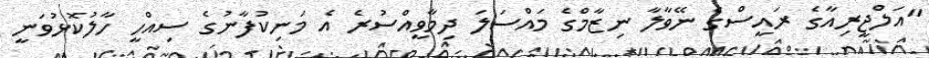
"އަލްޖީރިއާގެ ރައީސްގެ ނޭވާލާ ނިޒާމްގެ މައްސަލަ ދިމާވީއްސުރެ އެ މަނިކުފާނުގެ ސިއްހީ ހާލުކޮޅުވަނީ